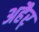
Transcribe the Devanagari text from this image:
अहैर्